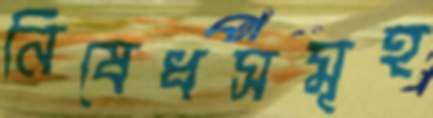
নিষেধসমূহ